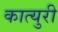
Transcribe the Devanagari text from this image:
कात्‍युरी